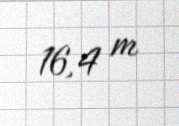
16,4 m